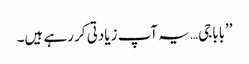
’’باباجی… یہ آپ زیادتی کر رہے ہیں۔